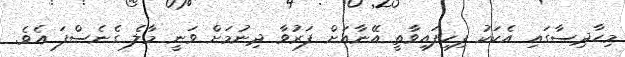
މިހާދިސާގައި އެކަކު ފިހިފައިވާތީ އޭނާއަށް ފަރުވާ ދިނުމަށް ވަނީ މާލެ ގެނެސްފަ އެވެ.